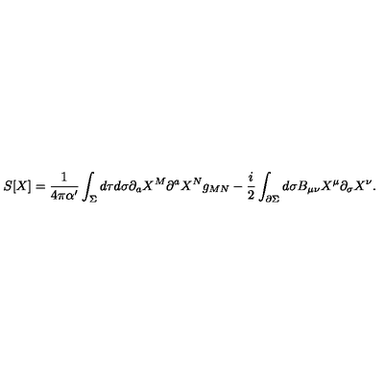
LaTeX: S [ X ] = \frac { 1 } { 4 \pi \alpha ^ { \prime } } \int _ { \Sigma } d \tau d \sigma \partial _ { a } X ^ { M } \partial ^ { a } X ^ { N } g _ { M N } - \frac { i } { 2 } \int _ { \partial \Sigma } d \sigma B _ { \mu \nu } X ^ { \mu } \partial _ { \sigma } X ^ { \nu } .